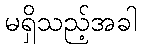
မရှိသည့်အခါ